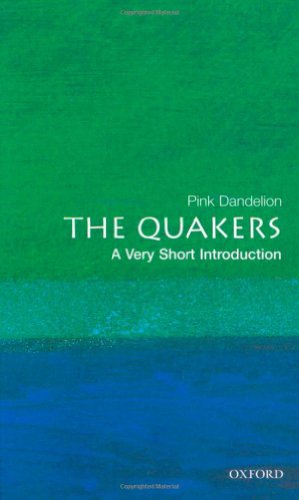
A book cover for The Quakers: A Very Short Introduction (Very Short Introductions); Pink Dandelion; Christian Books & Bibles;